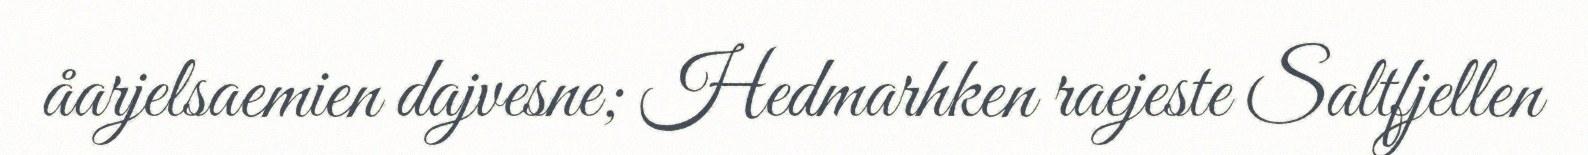
åarjelsaemien dajvesne; Hedmarhken raejeste Saltfjellen